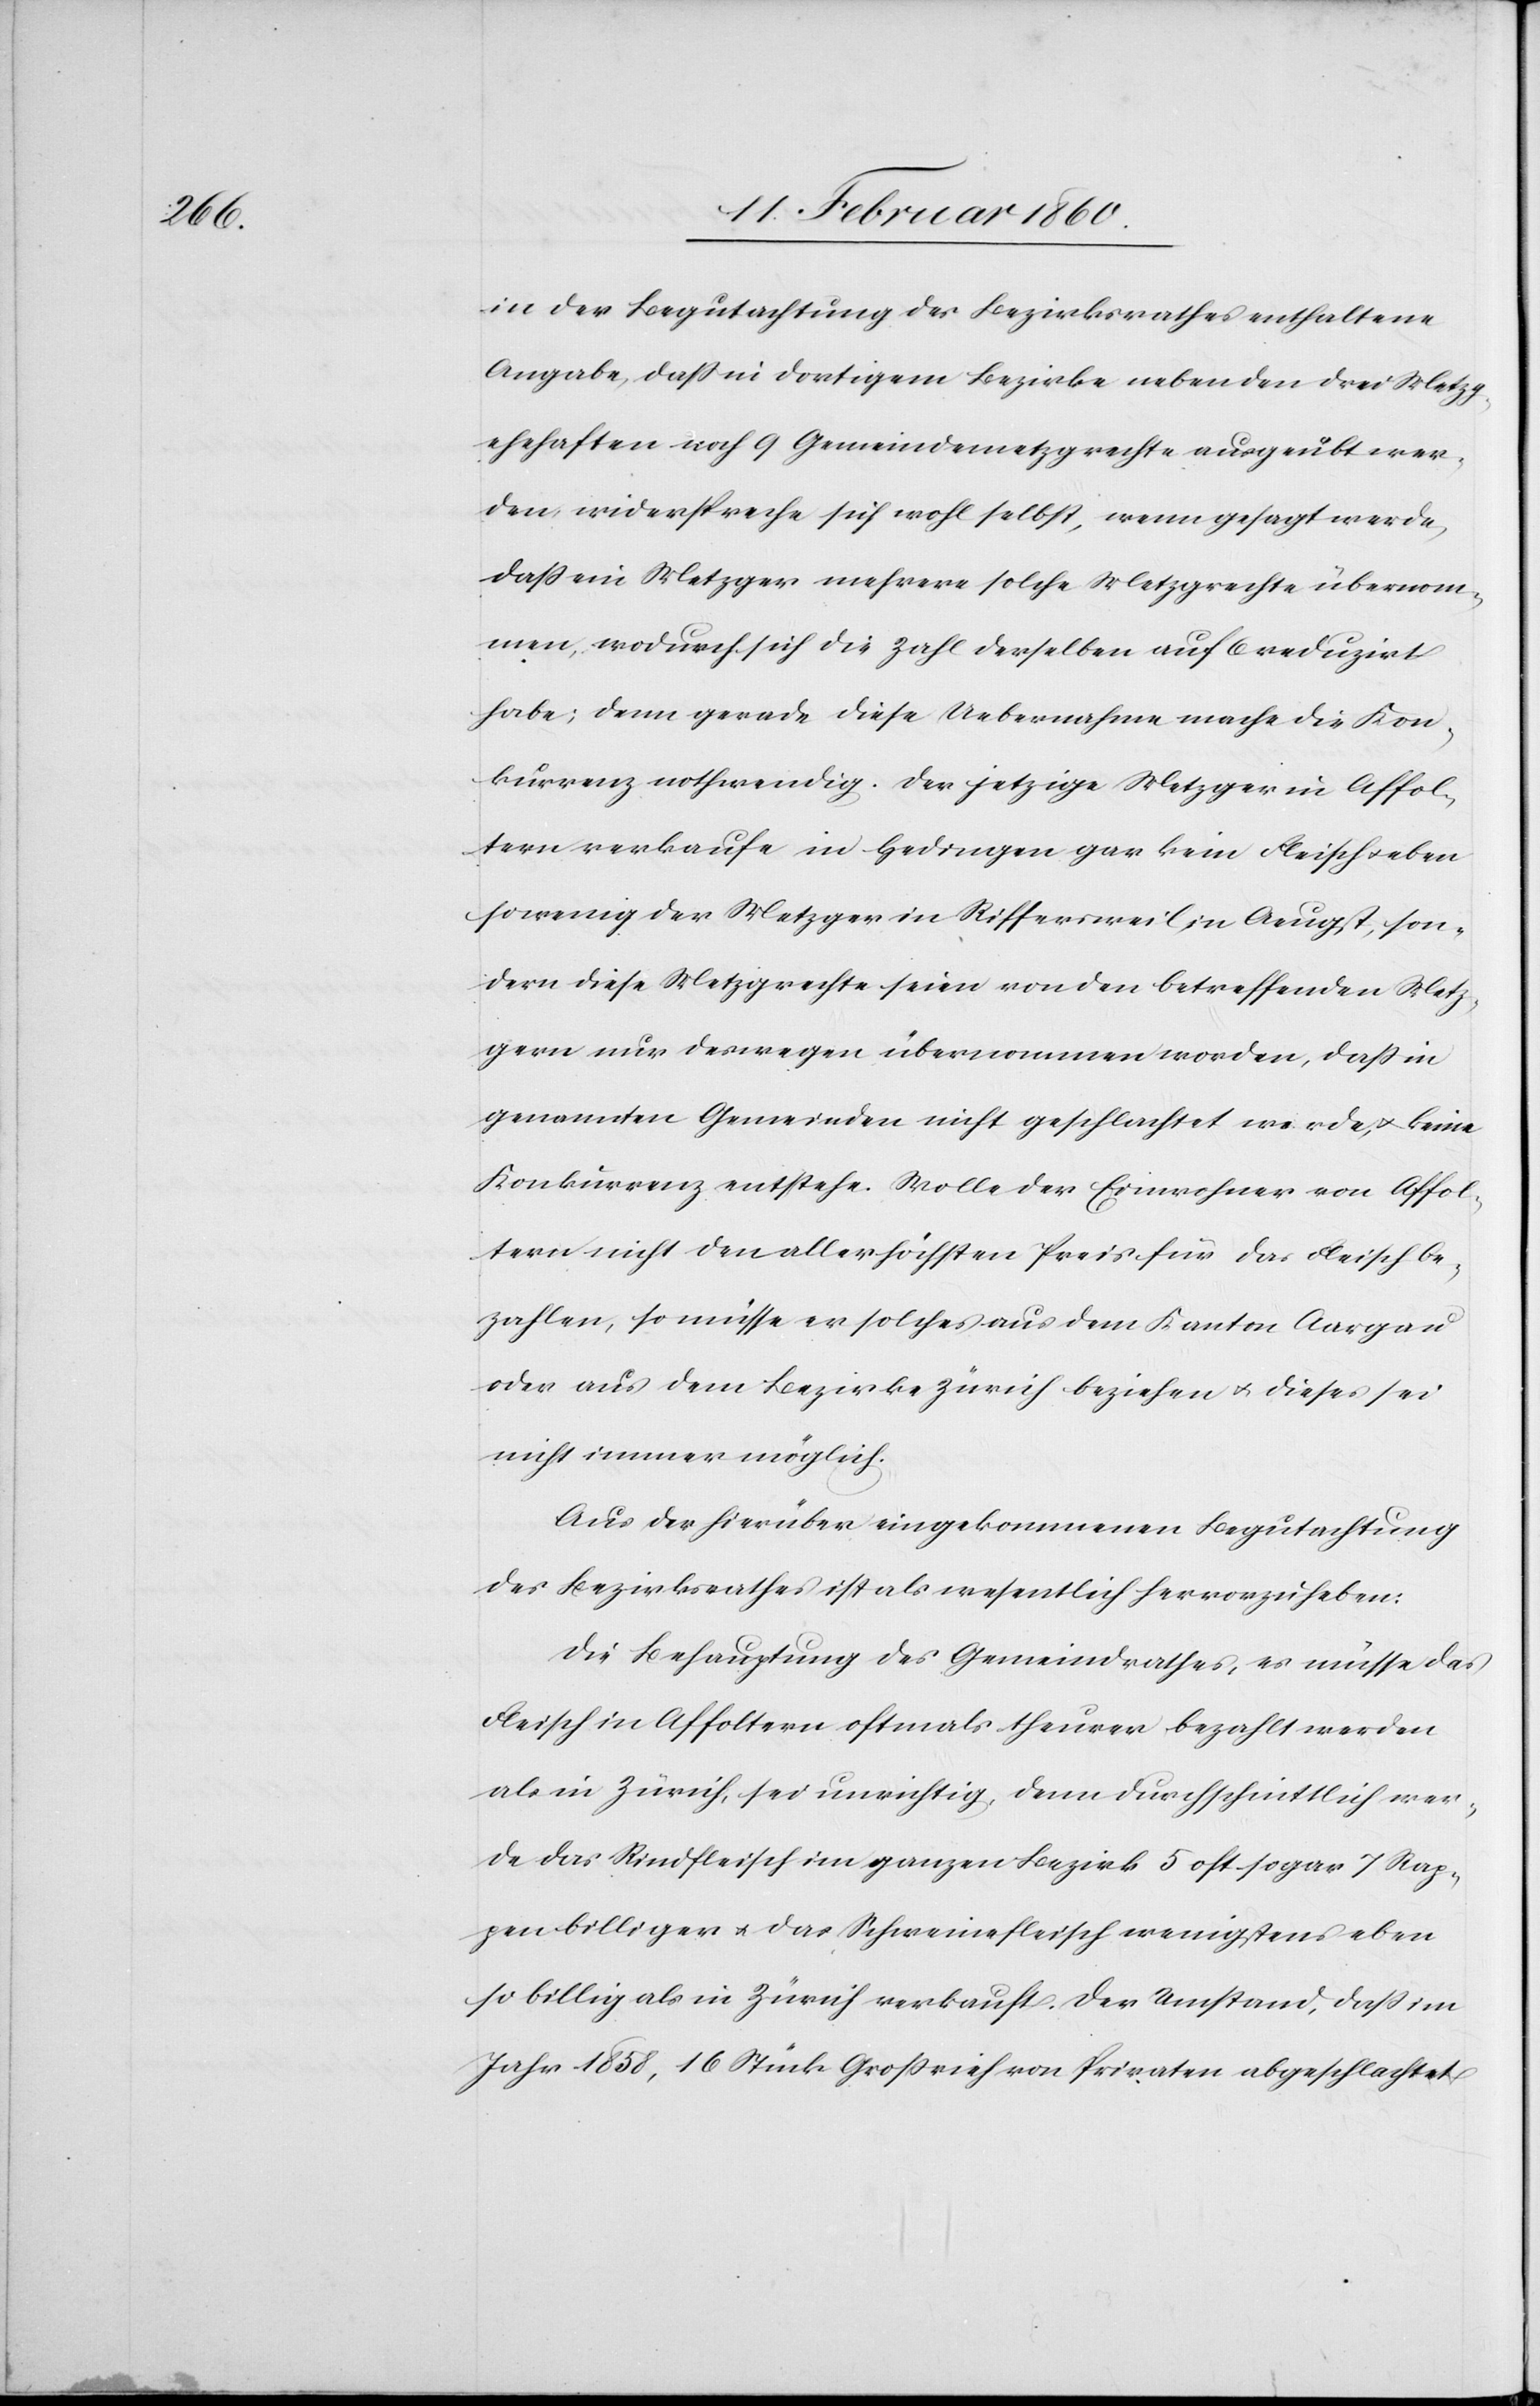
in der Begutachtung des Bezirksrathes enthaltene
Angabe, dass in dortigem Bezirke neben den drei Metzgs¬
chaften noch 9 Gemeindemetzgrechte ausgeübt wer¬
den, widerspreche sich wohl selbst, wenn gesagt werde,
dass ein Metzger mehrere solche Metzgrechte übernom¬
men, wodurch sich die Zahl derselben auf 6 reduzirt
habe; denn gerade diese Uebernahme mache die Kon¬
kurrenz nothwendig. Der jetzige Metzger in Affol¬
tern verkaufe in Hedingen gar kein Fleisch u. eben
sowenig der Metzger in Riffersweil, in Aeugst, son¬
dern diese Metzgrechte seien von den betreffenden Metz¬
gern nur deswegen übernommen worden, dass in
genannten Gemeinden nicht geschlachtet werde, u. keine
Konkurrenz entstehe. Wolle der Einwohner von Affo¬
ltern nicht den allerhöchsten Preis für das Fleisch be¬
zahlen so müsse er solches aus dem Kanton Aargau
oder aus dem Bezirke Zürich beziehen u. dieses sei
nicht immer möglich.
Aus der hierüber eingekommenen Begutachtung
des Bezirksrathes ist als wesentlich hervorzuheben.
Die Behauptung des Gemeindrathes, es müsse das
Fleisch in Affoltern oftmals theurer bezahlt werden
als in Zürich, sei unrichtig, denn durchschnittlich wer¬
de das Rindfleisch im ganzen Bezirk 5 oft sogar 7 Rap¬
pen billiger u. das Schweinefleisch wenigstens eben
so billig als in Zürich verkauft. Der Umstand, dass im
Jahr 1858, 16 Stück Großvieh von Privaten abgeschlachtet